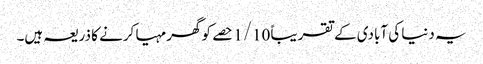
یہ دنیا کی آبادی کے تقریباً 1/10 حصے کو گھر مہیا کرنے کا ذریعہ ہیں۔